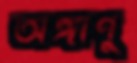
অঙ্গাণু